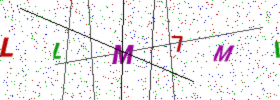
Text: LLM7MI